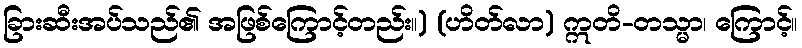
ခြားဆီးအပ်သည်၏ အဖြစ်ကြောင့်တည်း။) (ဟိတ်လာ) ဣတိ-တသ္မာ၊ ကြောင့်။